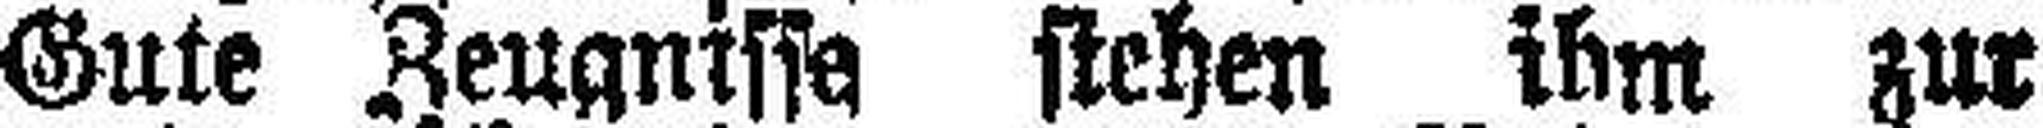
Gute Zeugnisse stehen ihm zur